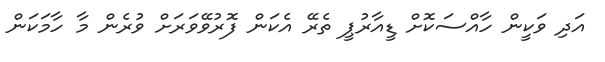
އަދި ވަކީން ހާއްސަކޮށް ޑީއާރުޕީ ތެރޭ އެކަން ފޮރުވޭވަރަށް ވުރެން މާ ހާމަކަން